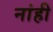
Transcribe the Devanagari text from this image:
नांही